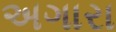
અગારા